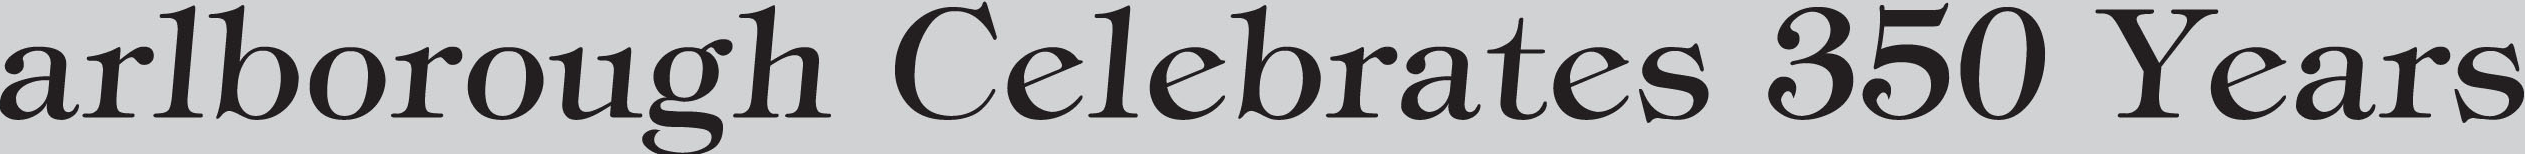
arlborough Celebrates 350 Years